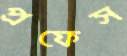
প্রফেস